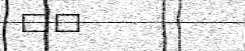
٤٦